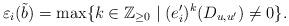
LaTeX: \begin{align*}\varepsilon_{i}(\tilde{b})=\max\{k\in\mathbb{Z}_{\geq0}\mid(e_{i}')^{k}(D_{u,u'})\neq0\}.\end{align*}